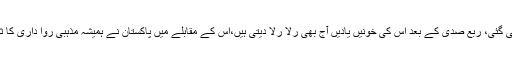
مودی کی نگرانی میں گجرات میں مسلمانوں کے خون سے جو ہولی کھیلی گئی، ربع صدی کے بعد اس کی خونیں یادیں آج بھی رُلا رُلا دیتی ہیں،اس کے مقابلے میں پاکستان نے ہمیشہ مذہبی روا داری کا ثبوت دیا ہے اور غیر مسلموں کو اُن کی عبادت میں سہولتیں فراہم کی ہیں۔